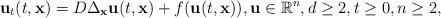
LaTeX: \begin{align*}\mathbf{u}_{t}(t, \mathbf{x})=D \Delta_{\mathbf{x}} \mathbf{u}(t, \mathbf{x})+f(\mathbf{u}(t, \mathbf{x})), \mathbf{u} \in \mathbb{R}^{n}, d \geq 2, t\geq 0, n\geq 2,\end{align*}